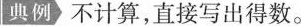
典例不计算，直接写出得数。